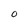
Character: O